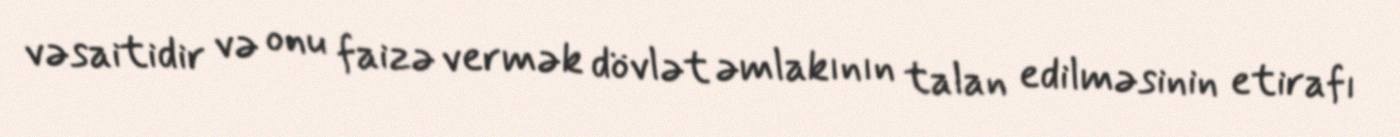
vəsaitidir və onu faizə vermək dövlət əmlakının talan edilməsinin etirafı